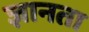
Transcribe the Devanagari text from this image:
ज्ञानता